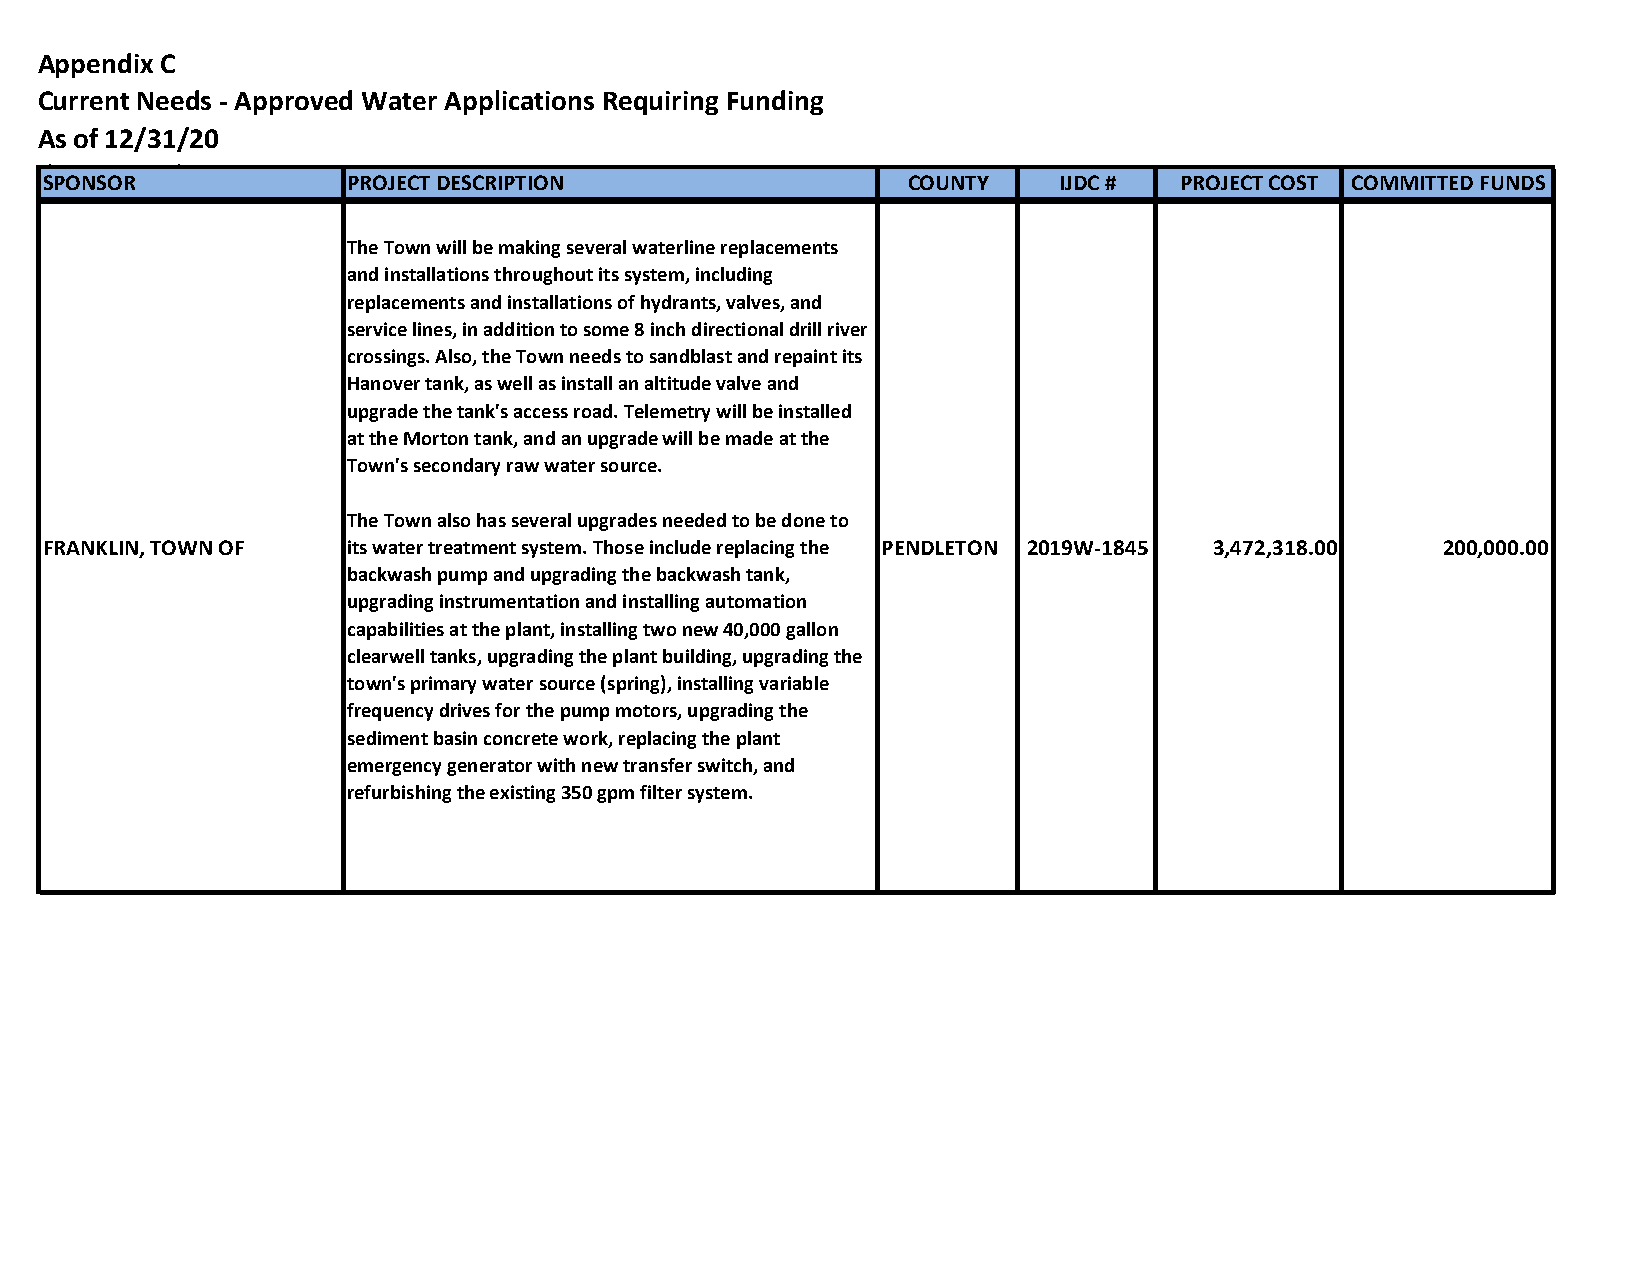
Appendix C
 Current Needs - Approved Water Applications Requiring Funding
 As of 12/31/20
 (By County)
 SPONSOR             PROJECT DESCRIPTION                  COUNTY    IJDC #  PROJECT COST COMMITTED FUNDS
 The Town will be making several waterline replacements
 and installations throughout its system, including
 replacements and installations of hydrants, valves, and
 service lines, in addition to some 8 inch directional drill river
 crossings. Also, the Town needs to sandblast and repaint its
 Hanover tank, as well as install an altitude valve and
 upgrade the tank's access road. Telemetry will be installed
 at the Morton tank, and an upgrade will be made at the
 Town's secondary raw water source.
 The Town also has several upgrades needed to be done to
 FRANKLIN, TOWN OF   its water treatment system. Those include replacing the PENDLETON 2019W-1845 3,472,318.00 200,000.00
 backwash pump and upgrading the backwash tank,
 upgrading instrumentation and installing automation
 capabilities at the plant, installing two new 40,000 gallon
 clearwell tanks, upgrading the plant building, upgrading the
 town's primary water source (spring), installing variable
 frequency drives for the pump motors, upgrading the
 sediment basin concrete work, replacing the plant
 emergency generator with new transfer switch, and
 refurbishing the existing 350 gpm filter system.